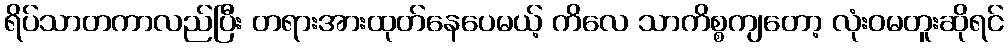
ရိပ်သာတကာလည်ပြီး တရားအားထုတ်နေပေမယ့် ကိလေ သာကိစ္စကျတော့ လုံးဝမတူးဆိုရင်